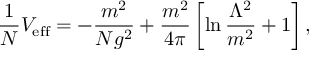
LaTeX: \frac { 1 } { N } V _ { \mathrm { e f f } } = - \frac { m ^ { 2 } } { N g ^ { 2 } } + \frac { m ^ { 2 } } { 4 \pi } \left[ \ln \frac { \Lambda ^ { 2 } } { m ^ { 2 } } + 1 \right] ,